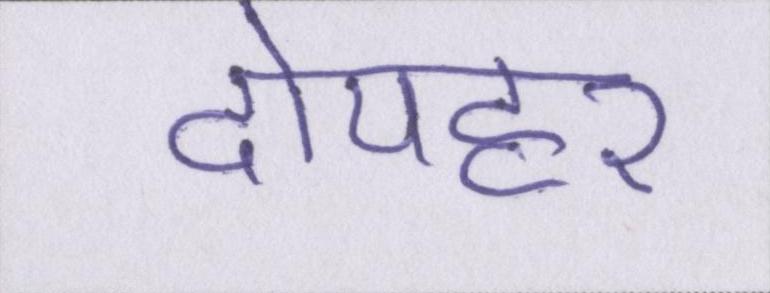
दोपहर